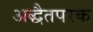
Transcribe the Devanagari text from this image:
अद्धैतपरक